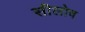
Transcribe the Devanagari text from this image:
सीलोव